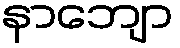
နာဘျော